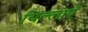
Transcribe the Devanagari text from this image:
चिल्लाएँ